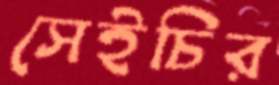
সেইচির